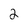
Character: 2